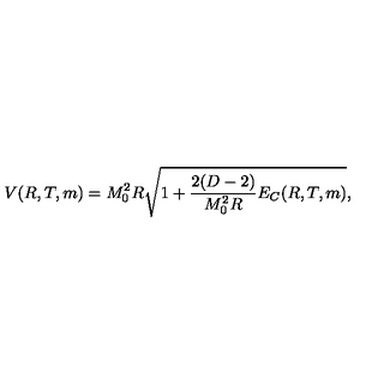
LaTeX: V ( R , T , m ) = M _ { 0 } ^ { 2 } R \sqrt { 1 + \frac { 2 ( D - 2 ) } { M _ { 0 } ^ { 2 } R } E _ { C } ( R , T , m ) } { , }